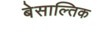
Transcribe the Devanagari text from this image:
बेसाल्तिक